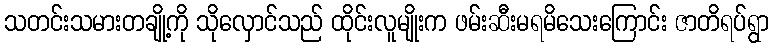
သတင်းသမားတချို့ကို သိုလှောင်သည် ထိုင်းလူမျိုးက ဖမ်းဆီးမရမိသေးကြောင်း ဇာတိရပ်ရွာ